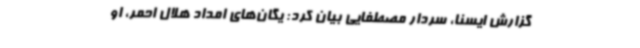
گزارش ایسنا، سردار مصطفایی بیان کرد: یگان‌های امداد هلال احمر، او